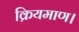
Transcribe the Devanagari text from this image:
क्रियमाण।